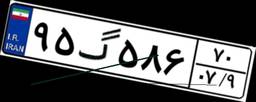
۹۵گ۵۸۶۷۰